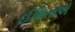
ઈશિતાએ